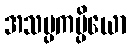
အသမ္ပကမ္ပိယော